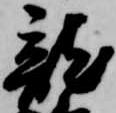
龍